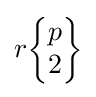
r{\begin{Bmatrix}p\\2\end{Bmatrix}}